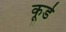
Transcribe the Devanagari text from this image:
कूडे